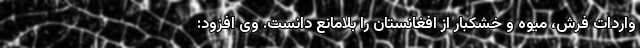
واردات فرش، میوه و خشکبار از افغانستان را بلامانع دانست. وی افزود: